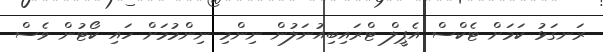
ރަނގަޅު ކަމަށް ޓެކްސް އެޕީލް ޓްރައިބިއުނަލުން ނިންމި ނިންމުމަށް ހައި ކޯޓުން ވެސް